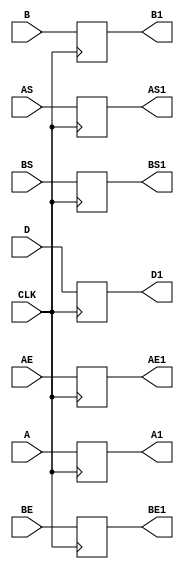
`timescale 1ns / 1ps
//////////////////////////////////////////////////////////////////////////////////
// Company: 
// Engineer: 
// 
// Design Name: 
// Module Name:    buf7 
// Project Name: 
// Target Devices: 
// Tool versions: 
// Description: 
//
// Dependencies: 
//
// Revision: 
// Revision 0.01 - File Created
// Additional Comments: 
//
//////////////////////////////////////////////////////////////////////////////////
module buf7(
    input [23:0] A,
    input [23:0] B,
    input [7:0] AE,
    input [7:0] BE,
    input AS,
    input BS,
    input [7:0] D,
    input CLK,
    output reg [23:0] A1,
    output reg [23:0] B1,
    output reg [7:0] AE1,
    output reg [7:0] BE1,
    output reg AS1,
    output reg BS1,
    output reg [7:0] D1
    );

always @(posedge CLK) begin
A1<=A;
B1<=B;
AE1<=AE;
BE1<=BE;
AS1<=AS;
BS1<=BS;
D1<=D;
end
endmodule